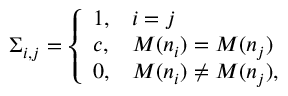
\Sigma _ { i , j } = \left\{ \begin{array} { l l } { 1 , } & { i = j } \\ { c , } & { M ( n _ { i } ) = M ( n _ { j } ) } \\ { 0 , } & { M ( n _ { i } ) \neq M ( n _ { j } ) , } \end{array} \right.